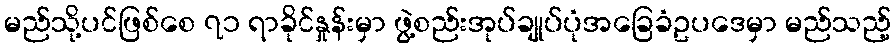
မည်သို့ပင်ဖြစ်စေ ၇၁ ရာခိုင်နှုန်းမှာ ဖွဲ့စည်းအုပ်ချုပ်ပုံအခြေခံဥပဒေမှာ မည်သည့်